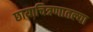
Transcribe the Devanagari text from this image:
छायाचित्रणातल्या